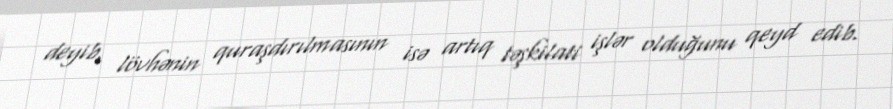
deyib, lövhənin quraşdırılmasının isə artıq təşkilati işlər olduğunu qeyd edib.